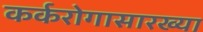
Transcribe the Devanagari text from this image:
कर्करोगासारख्या